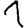
Digit: 1